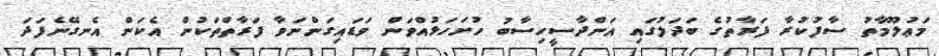
މަޢުލޫމާތު ސާފުކުރާ ފަރާތުގެ ބަދަލުގައި އަންދާސީހިސާބު ހުށަހަޅުއްވަން ވަޑައިގަންނަވާ ފަރާތްތަކުން އެކަން އެނގޭނެފަދަ